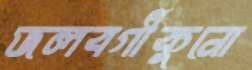
জলবর্গীকুনো